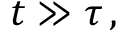
t \gg \tau \, ,